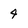
Character: 4